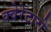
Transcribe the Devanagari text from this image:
क्वेरेटारो